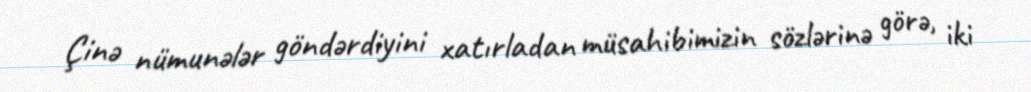
Çinə nümunələr göndərdiyini xatırladan müsahibimizin sözlərinə görə, iki